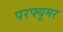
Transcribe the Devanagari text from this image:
परफ्यूमर